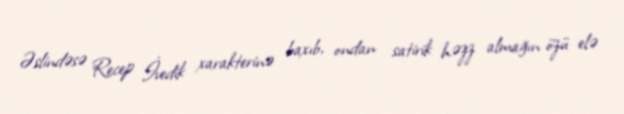
Əslindəsə Recep İvedik xarakterinə baxıb, ondan satirik həzz almağın özü elə